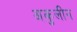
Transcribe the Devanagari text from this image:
अकुलीन